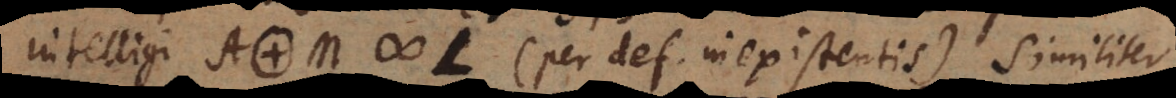
intelligi A. M # L (per def. inexistentis). Similiter